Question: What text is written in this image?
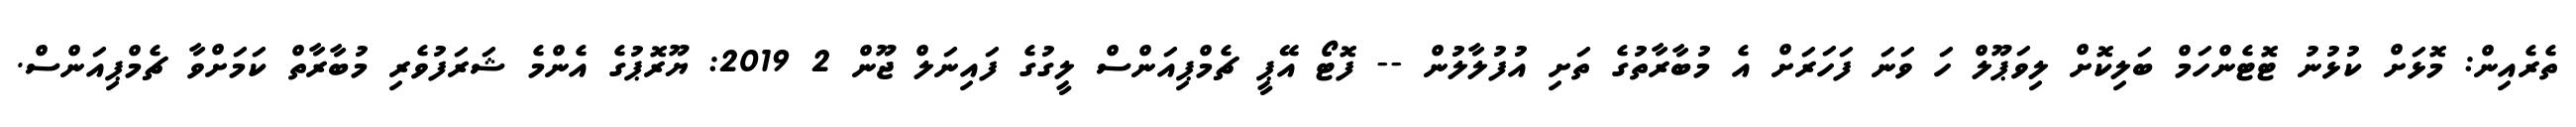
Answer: ތެރެއިން: މޮޅަށް ކުޅުނު ޓޮޓެންހަމް ބަލިކޮށް ލިވަޕޫލް ހަ ވަނަ ފަހަރަށް އެ މުބާރާތުގެ ތަށި އުފުލާލުން -- ފޮޓޯ އޭޕީ ޗެމްޕިއަންސް ލީގުގެ ފައިނަލް ޖޫން 2 2019: ޔޫރޮޕުގެ އެންމެ ޝަރަފުވެރި މުބާރާތް ކަމަށްވާ ޗެމްޕިއަންސް.